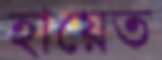
হায়েত